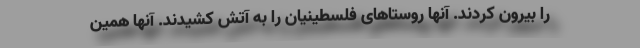
را بیرون كردند. آنها روستاهای فلسطینیان را به آتش کشیدند. آنها همین